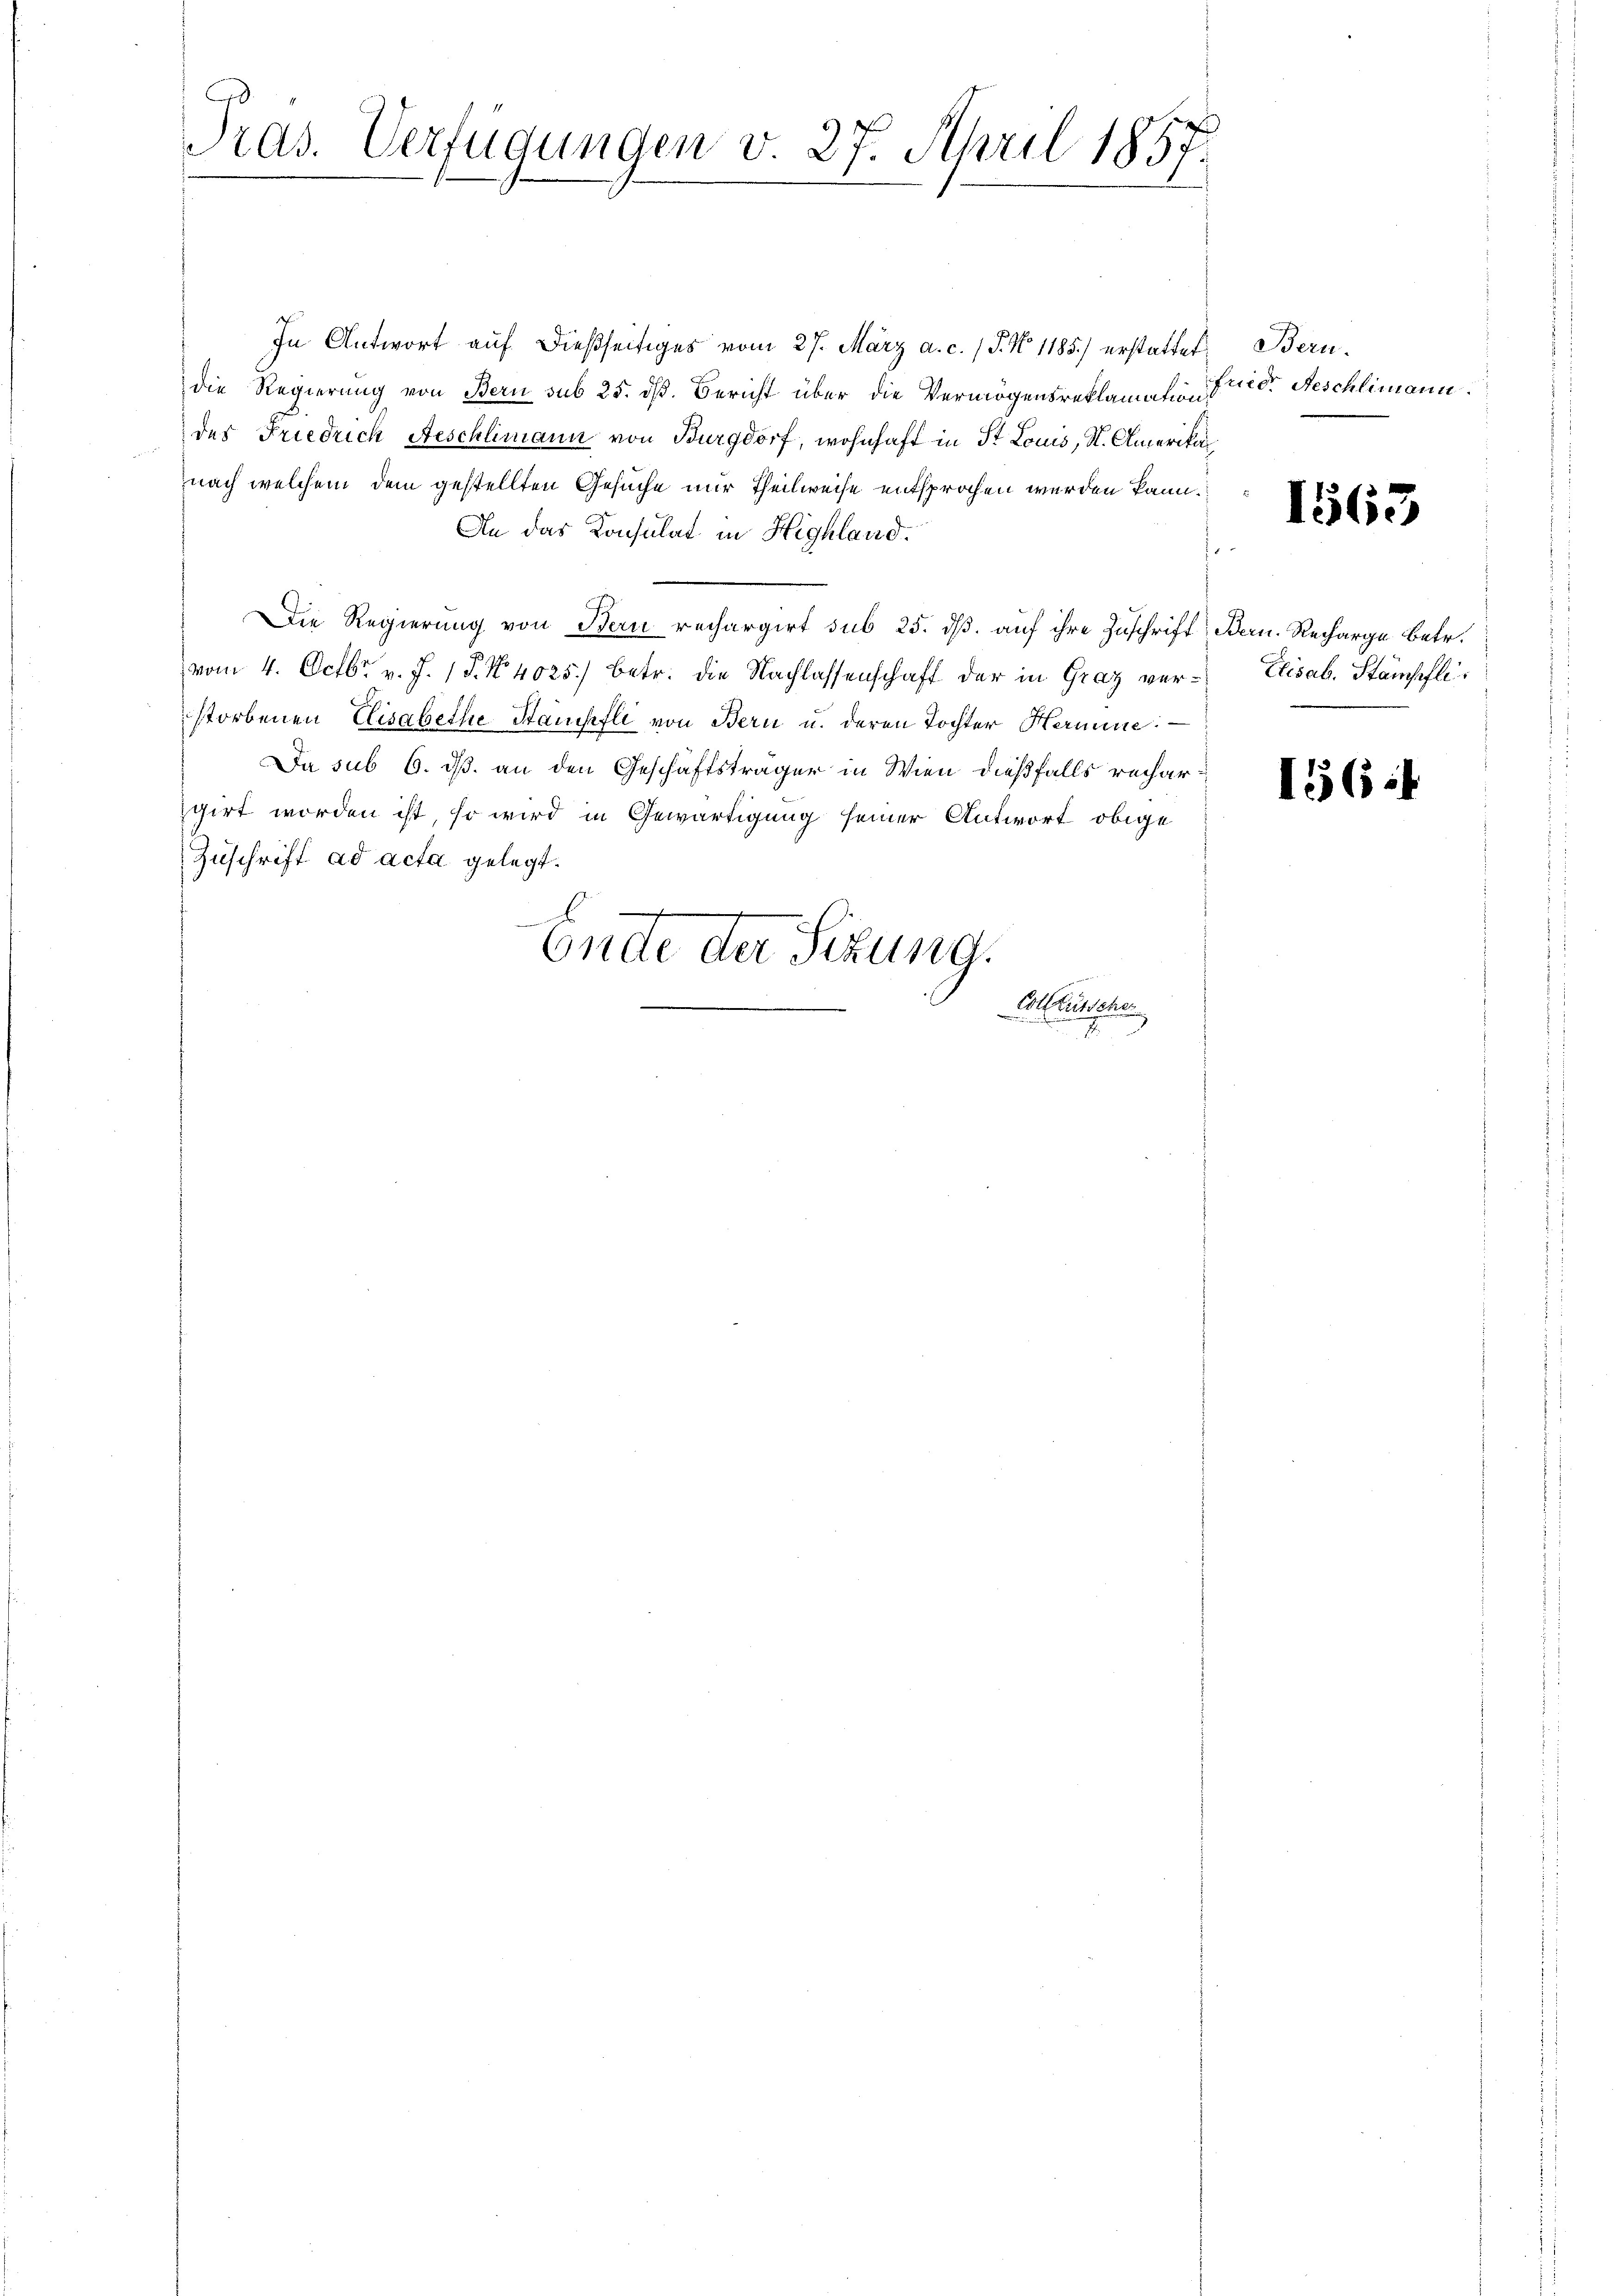
Pras. Verfügungen v. 27. April 1857.

In Antwort auf dießseitiges vom 27. März a. c. 1 S. N. 1185.) erstattet, Bern.
die Regierung von Bern sub 25. dß. Bericht über die Vermögensreklamation der Beschlimann.
des Friedrich Aeschlimann von Burgdorf, wohnhaft in St. Louis, St. Amerikal
nach welchem dem gestellten Gesuche nur Theilweise entsprochen werden kann.
An das Konsulat in Highland.
Die Regierung von Bern rechargirt sub 25. dß. auf ihre Zuschrift Bern. Recharge betr.
vom 4. Octbr. v. J. 18. No. 4025.) betr. die Nachlassenschaft der in Graz ver- Elisab. Stämpflistorbenen Elisabethe Stampfli von Bern u. deren Tochter Hermine
Da sub 6. ds. an den Geschäftsträger in Wien dießfalls rechargirt worden ist, so wird in Gewärtigung seiner Antwort obige
Zuschrift ad acta gelegt.
Ge
x
Endte der Sitzung.
At
Ritschl

.

1563

1565